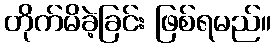
တိုက်မိခဲ့ခြင်း ဖြစ်ရမည်။